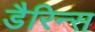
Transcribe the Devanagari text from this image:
डैरिन्स